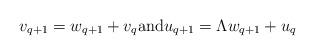
LaTeX: \begin{align*}v_{q+1} = w_{q+1} + v_{q} \mbox{and} u_{q+1} = \Lambda w_{q+1} + u_q\end{align*}